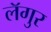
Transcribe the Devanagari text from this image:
लॅगुर